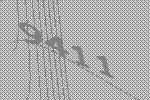
9411